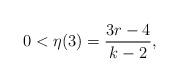
LaTeX: \begin{align*}0 < \eta(3) = \frac{ 3r-4}{k-2},\end{align*}